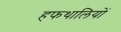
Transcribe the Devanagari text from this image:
हफथालियों